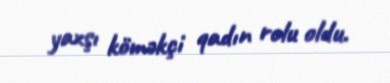
yaxşı köməkçi qadın rolu oldu.